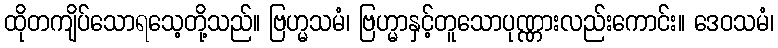
ထိုတကျိပ်သောရသေ့တို့သည်။ ဗြဟ္မသမံ၊ ဗြဟ္မာနှင့်တူသောပုဏ္ဏားလည်းကောင်း။ ဒေဝသမံ၊